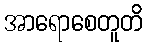
အာရောစေတူတိ